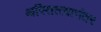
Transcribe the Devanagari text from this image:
अस्तित्त्वानंतर